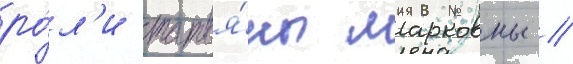
ро́л'и татья́ны марковны //